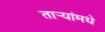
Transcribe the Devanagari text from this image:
तार्‍यांमधे